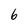
Character: 6